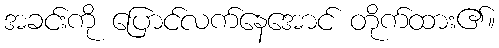
အခင်းကို ပြောင်လက်နေအောင် တိုက်ထား၏။